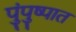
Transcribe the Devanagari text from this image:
पुंपुष्पात